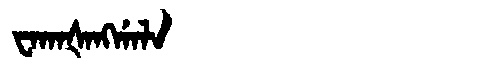
Manchu: ᠸᠠᡴᠠᡧᠠᠩᡤᠠᠯᠠ
Romanization: WAKAŠANGGALA